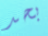
بحد